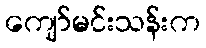
ကျော်မင်းသန်းက